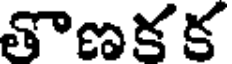
తొణక క